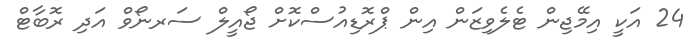
24 އަކީ އިމޭޖިން ޓެލެވިޒަން އިން ޕްރޮޑިއުސްކޮށް ޖޯއީލް ސަރނޯވް އަދި ރޮބާޓް